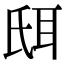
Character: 𦕌